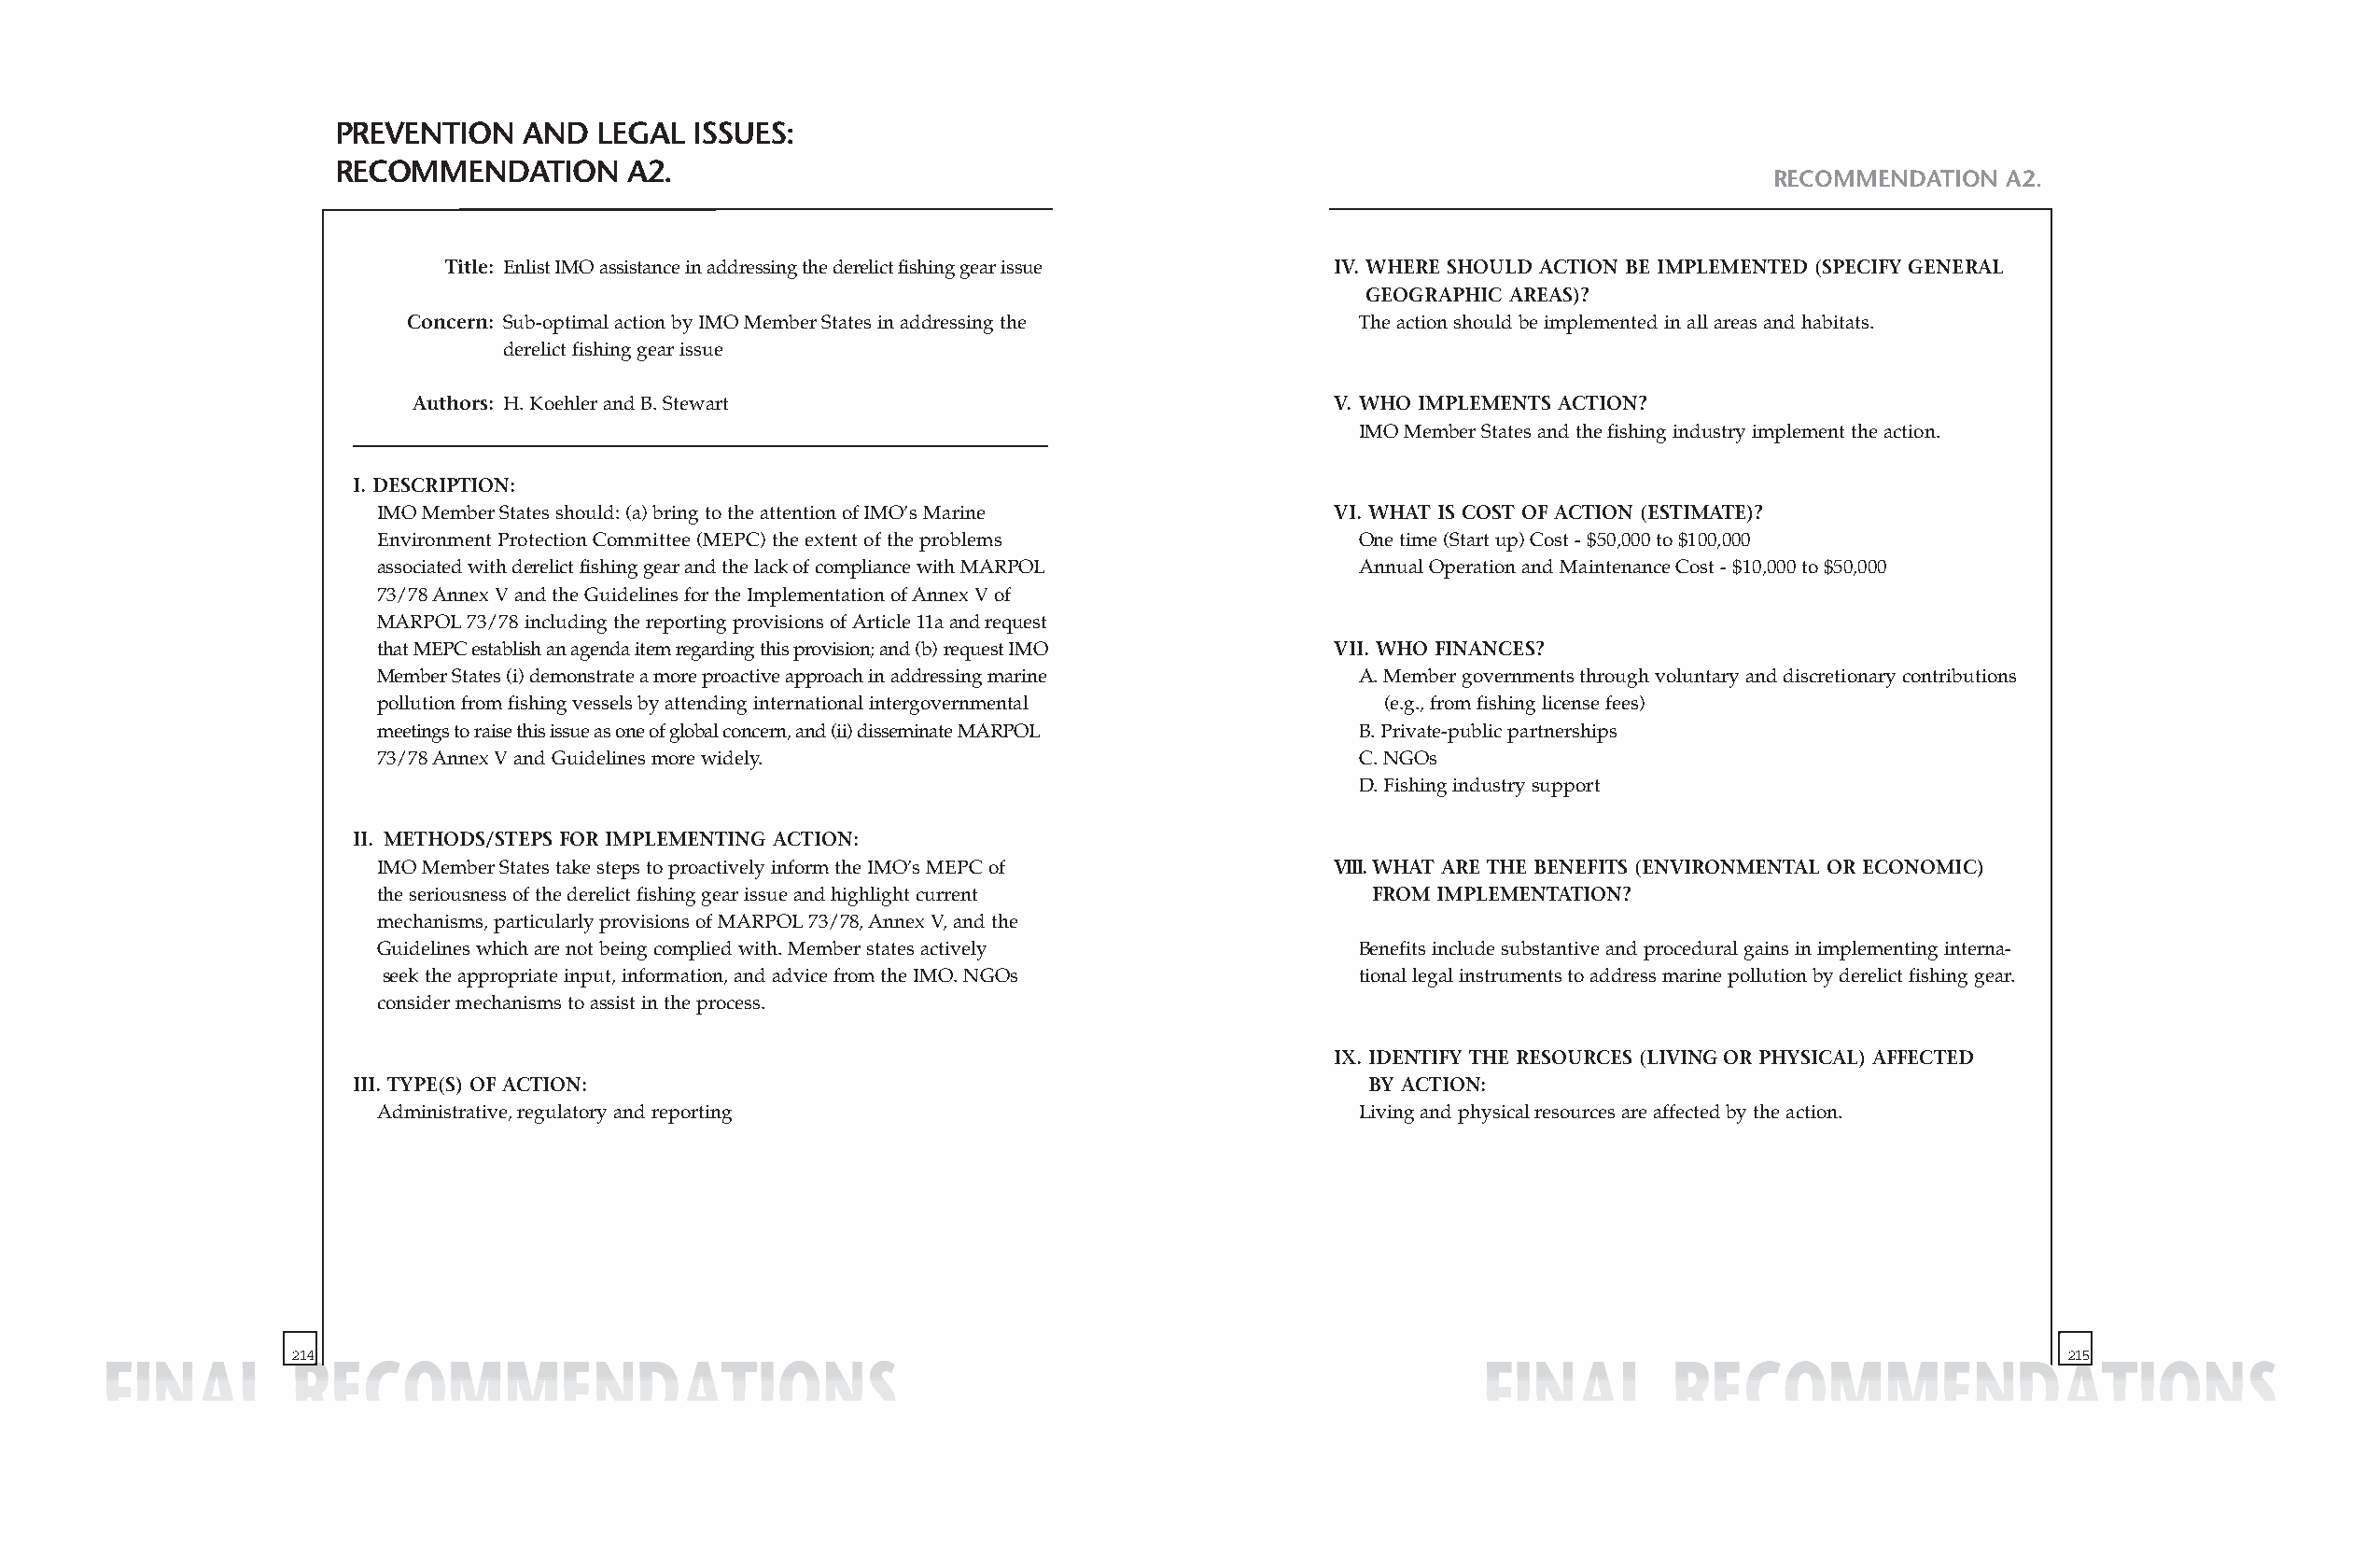
PREVENTION   AND  LEGAL  ISSUES:
 RECOMMENDATION       A2.
 RECOMMENDATION  A2.
 Title: Enlist IMO assistance in addressing the derelict fishing gear issue IV. WHERE SHOULD ACTION BE IMPLEMENTED (SPECIFY GENERAL
 GEOGRAPHIC AREAS)?
 Concern: Sub-optimal action by IMO Member States in addressing the The action should be implemented in all areas and habitats.
 derelict fishing gear issue
 Authors: H. Koehler and B. Stewart                                V. WHO IMPLEMENTS ACTION?
 IMO Member States and the fishing industry implement the action.
 I. DESCRIPTION:
 IMO Member States should: (a) bring to the attention of IMO’s Marine VI. WHAT IS COST OF ACTION (ESTIMATE)?
 Environment Protection Committee (MEPC) the extent of the problems   One time (Start up) Cost - $50,000 to $100,000
 associated with derelict fishing gear and the lack of compliance with MARPOL Annual Operation and Maintenance Cost - $10,000 to $50,000
 73/78 Annex V and the Guidelines for the Implementation of Annex V of
 MARPOL73/78 including the reporting provisions of Article 11a and request
 that MEPC establish an agenda item regarding this provision; and (b) request IMO VII. WHO FINANCES?
 Member States (i) demonstrate a more proactive approachin addressing marine A. Member governments through voluntary and discretionary contributions
 pollution from fishing vessels by attending international intergovernmental (e.g., from fishing license fees)
 meetings to raise this issue as one of global concern, and (ii) disseminateMARPOL B. Private-public partnerships
 73/78 Annex V and Guidelines more widely.                            C. NGOs
 D. Fishing industry support
 II. METHODS/STEPS FOR IMPLEMENTING ACTION:
 IMO Member States take steps to proactively inform the IMO’s MEPC of VIII.WHAT ARE THE BENEFITS (ENVIRONMENTAL OR ECONOMIC)
 the seriousness of the derelict fishing gear issue and highlight current FROM IMPLEMENTATION?
 mechanisms, particularly provisions of MARPOL73/78, Annex V, and the
 Guidelines which are not being complied with. Member states actively Benefits include substantive and procedural gains in implementing interna-
 seek the appropriate input, information, and advice from the IMO. NGOs tional legal instruments to address marine pollution by derelict fishing gear.
 consider mechanisms to assist in the process.
 IX. IDENTIFY THE RESOURCES (LIVING OR PHYSICAL) AFFECTED
 III. TYPE(S) OF ACTION:                                                 BY ACTION:
 Administrative, regulatory and reporting                             Living and physical resources are affected by the action.
 214                                                                                                                           215